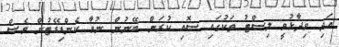
އަދި ވިދާޅުވީ ލިސްޓު ތަކުގައި ސޮއި ކުރަން ބޭނުން ނުވާ ކެންޑިޑޭޓުން ވެސް